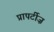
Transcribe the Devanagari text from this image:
प्रापर्टीज़